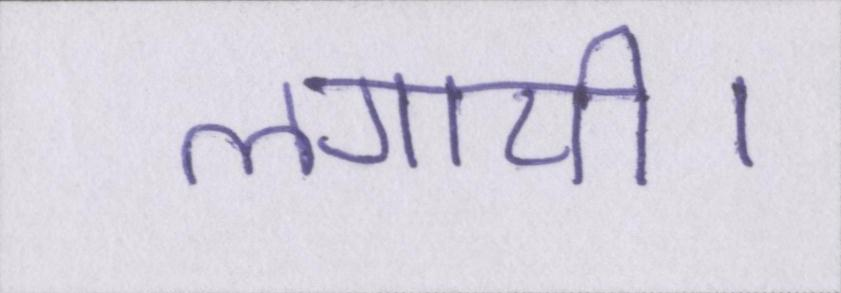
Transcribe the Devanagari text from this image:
लगायी।